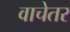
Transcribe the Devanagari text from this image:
वाचेतर